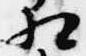
相